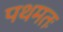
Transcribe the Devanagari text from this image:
पथमतः